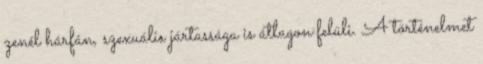
zenél hárfán, szexuális jártassága is átlagon felüli. A történelmet